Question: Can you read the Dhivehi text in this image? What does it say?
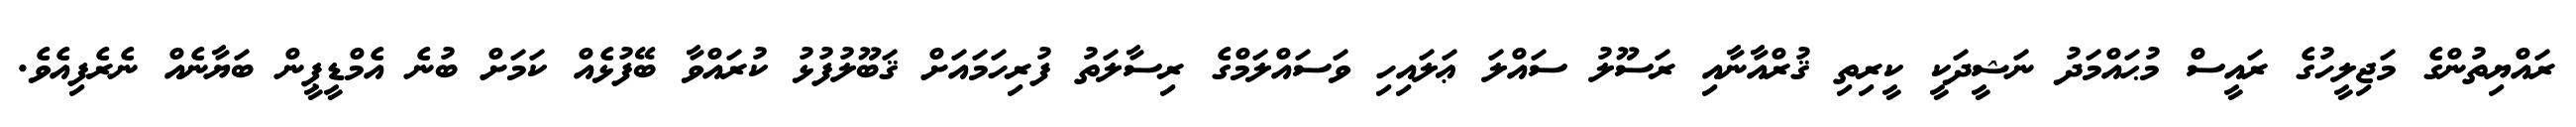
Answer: ރައްޔިތުންގެ މަޖިލީހުގެ ރައީސް މުޙައްމަދު ނަޝީދަކީ ކީރިތި ޤުރްއާނާއި ރަސޫލު ސައްލަ ޢަލައިހި ވަސައްލަމްގެ ރިސާލަތު ފުރިހަމައަށް ޤަބޫލުފުޅު ކުރައްވާ ބޭފުޅެއް ކަމަށް ބުނެ އެމްޑީޕީން ބަޔާނެއް ނެރެފިއެވެ.